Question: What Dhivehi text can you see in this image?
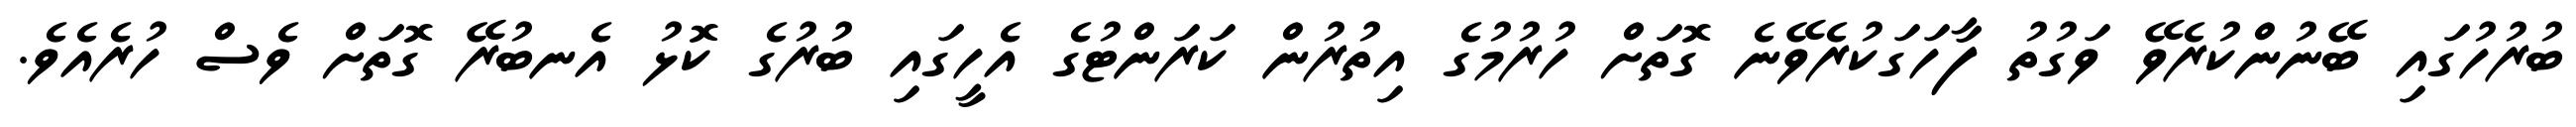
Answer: ބުރުހުގައި ބޭނުންކުރެވޭ ވަގުތު ފާހަގަކުރެވޭނެ ގޮތަށް ހުރުމުގެ އިތުރުން ކަރަންޓުގެ އެހީގައި ބުރުގެ ކޮޅު އެނބުރޭ ގޮތަށް ވެސް ހުރެއެވެ.